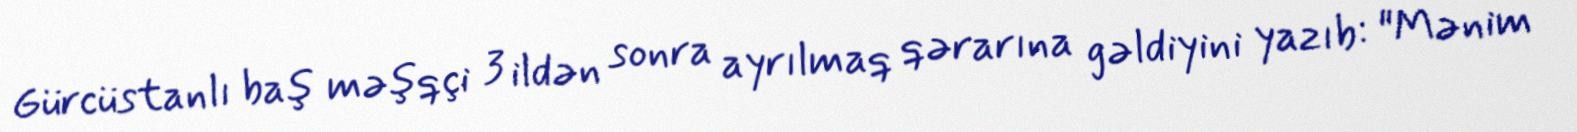
Gürcüstanlı baş məşqçi 3 ildən sonra ayrılmaq qərarına gəldiyini yazıb: "Mənim